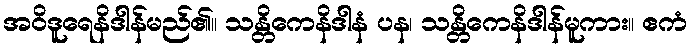
အဝိဒူရေနိဒါန်မည်၏။ သန္တိကေနိဒါနံ ပန၊ သန္တိကေနိဒါန်မူကား။ ဧကံ